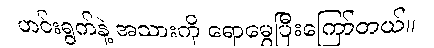
ဟင်းရွက်နဲ့ အသားကို ရောမွှေပြီးကြော်တယ်။